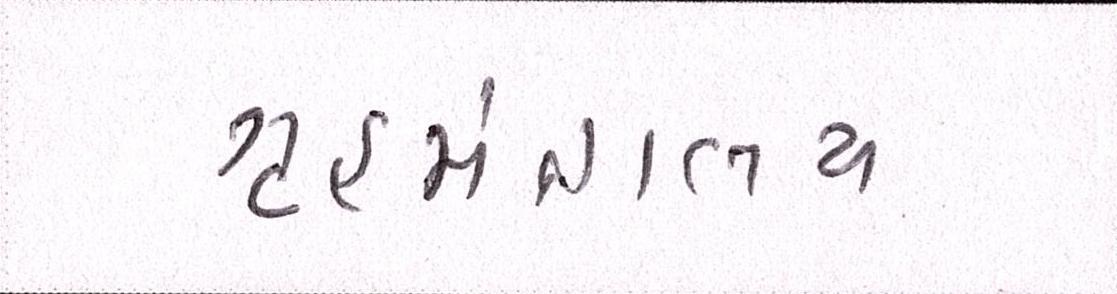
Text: ગૃહમંત્રાલય